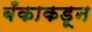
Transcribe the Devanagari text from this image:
बँकाकडून